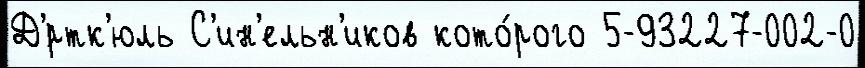
Д'́ртк'юль С'ин'ельн'иков кото́рого 5-93227-002-0